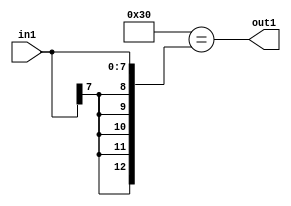
`timescale 1ps / 1ps
/*****************************************************************************
    Verilog RTL Description
    
    
    Created by: CellMath Designer 2019.1.01 
*******************************************************************************/

module avg_pool_Eqi48s8_4_1 (
	in1,
	out1
	); /* architecture "behavioural" */ 
input [7:0] in1;
output  out1;
wire  asc001;

assign asc001 = (13'B0000000110000=={{5{in1[7]}}, in1});

assign out1 = asc001;
endmodule

/* CADENCE  urnxQgk= : u9/ySgnWtBlWxVPRXgAZ4Og= ** DO NOT EDIT THIS LINE ******/